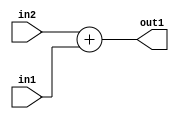
`timescale 1ps / 1ps
/*****************************************************************************
    Verilog RTL Description
    
    
    Created by: CellMath Designer 2019.1.01 
*******************************************************************************/

module DFT_compute_Add_8Ux1U_8U_4 (
	in2,
	in1,
	out1
	); /* architecture "behavioural" */ 
input [7:0] in2;
input  in1;
output [7:0] out1;
wire [7:0] asc001;

assign asc001 = 
	+(in2)
	+(in1);

assign out1 = asc001;
endmodule

/* CADENCE  urnyTAo= : u9/ySgnWtBlWxVPRXgAZ4Og= ** DO NOT EDIT THIS LINE ******/